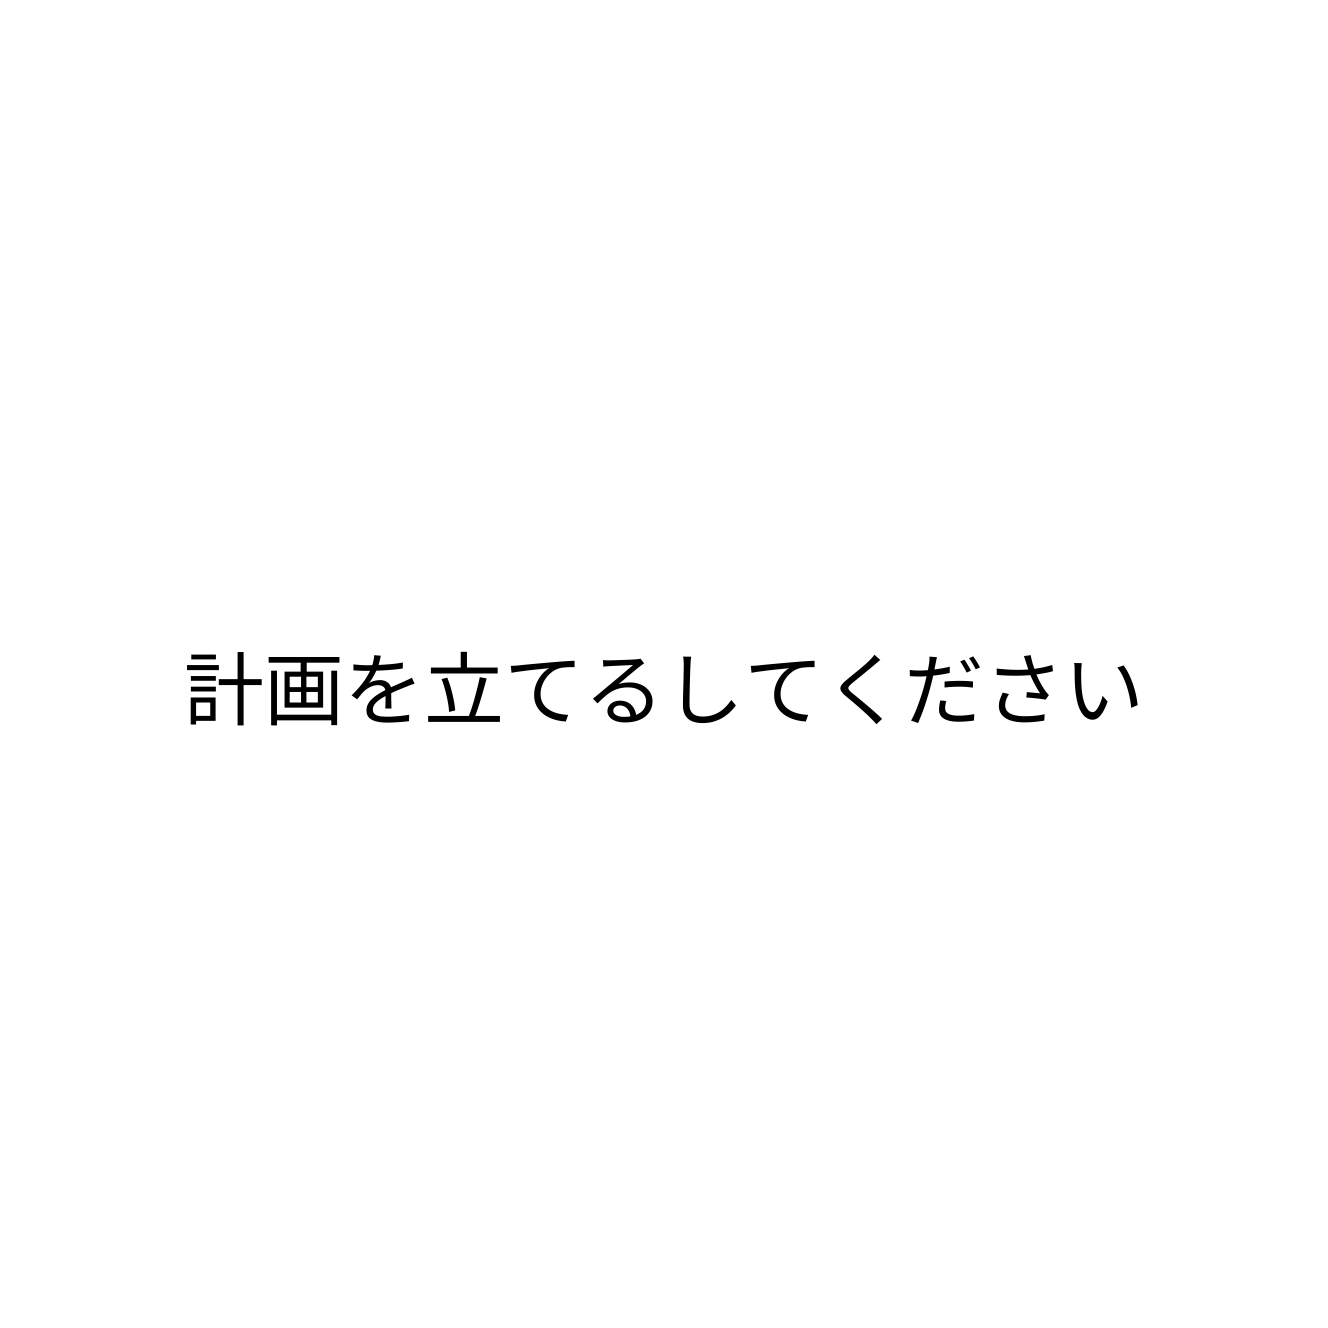
計画を立てるしてください